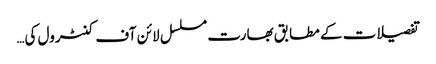
تفصیلات کے مطابق بھارت مسلسل لائن آف کنٹرول کی…